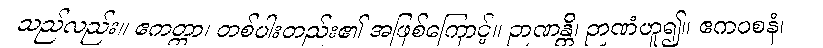
သည်လည်း။ ဧကတ္ထာ၊ တစ်ပါးတည်း၏ အဖြစ်ကြောင့်။ ဉာဏန္တိ၊ ဉာဏံဟူ၍။ ဧကဝစနံ၊